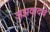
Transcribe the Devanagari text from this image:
अझवादचे